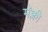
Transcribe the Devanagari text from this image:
मॅक्ली